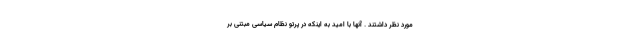
مورد نظر داشتند . آنها با امید به اینکه در پرتو نظام سیاسی مبتنی بر